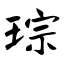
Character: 琮